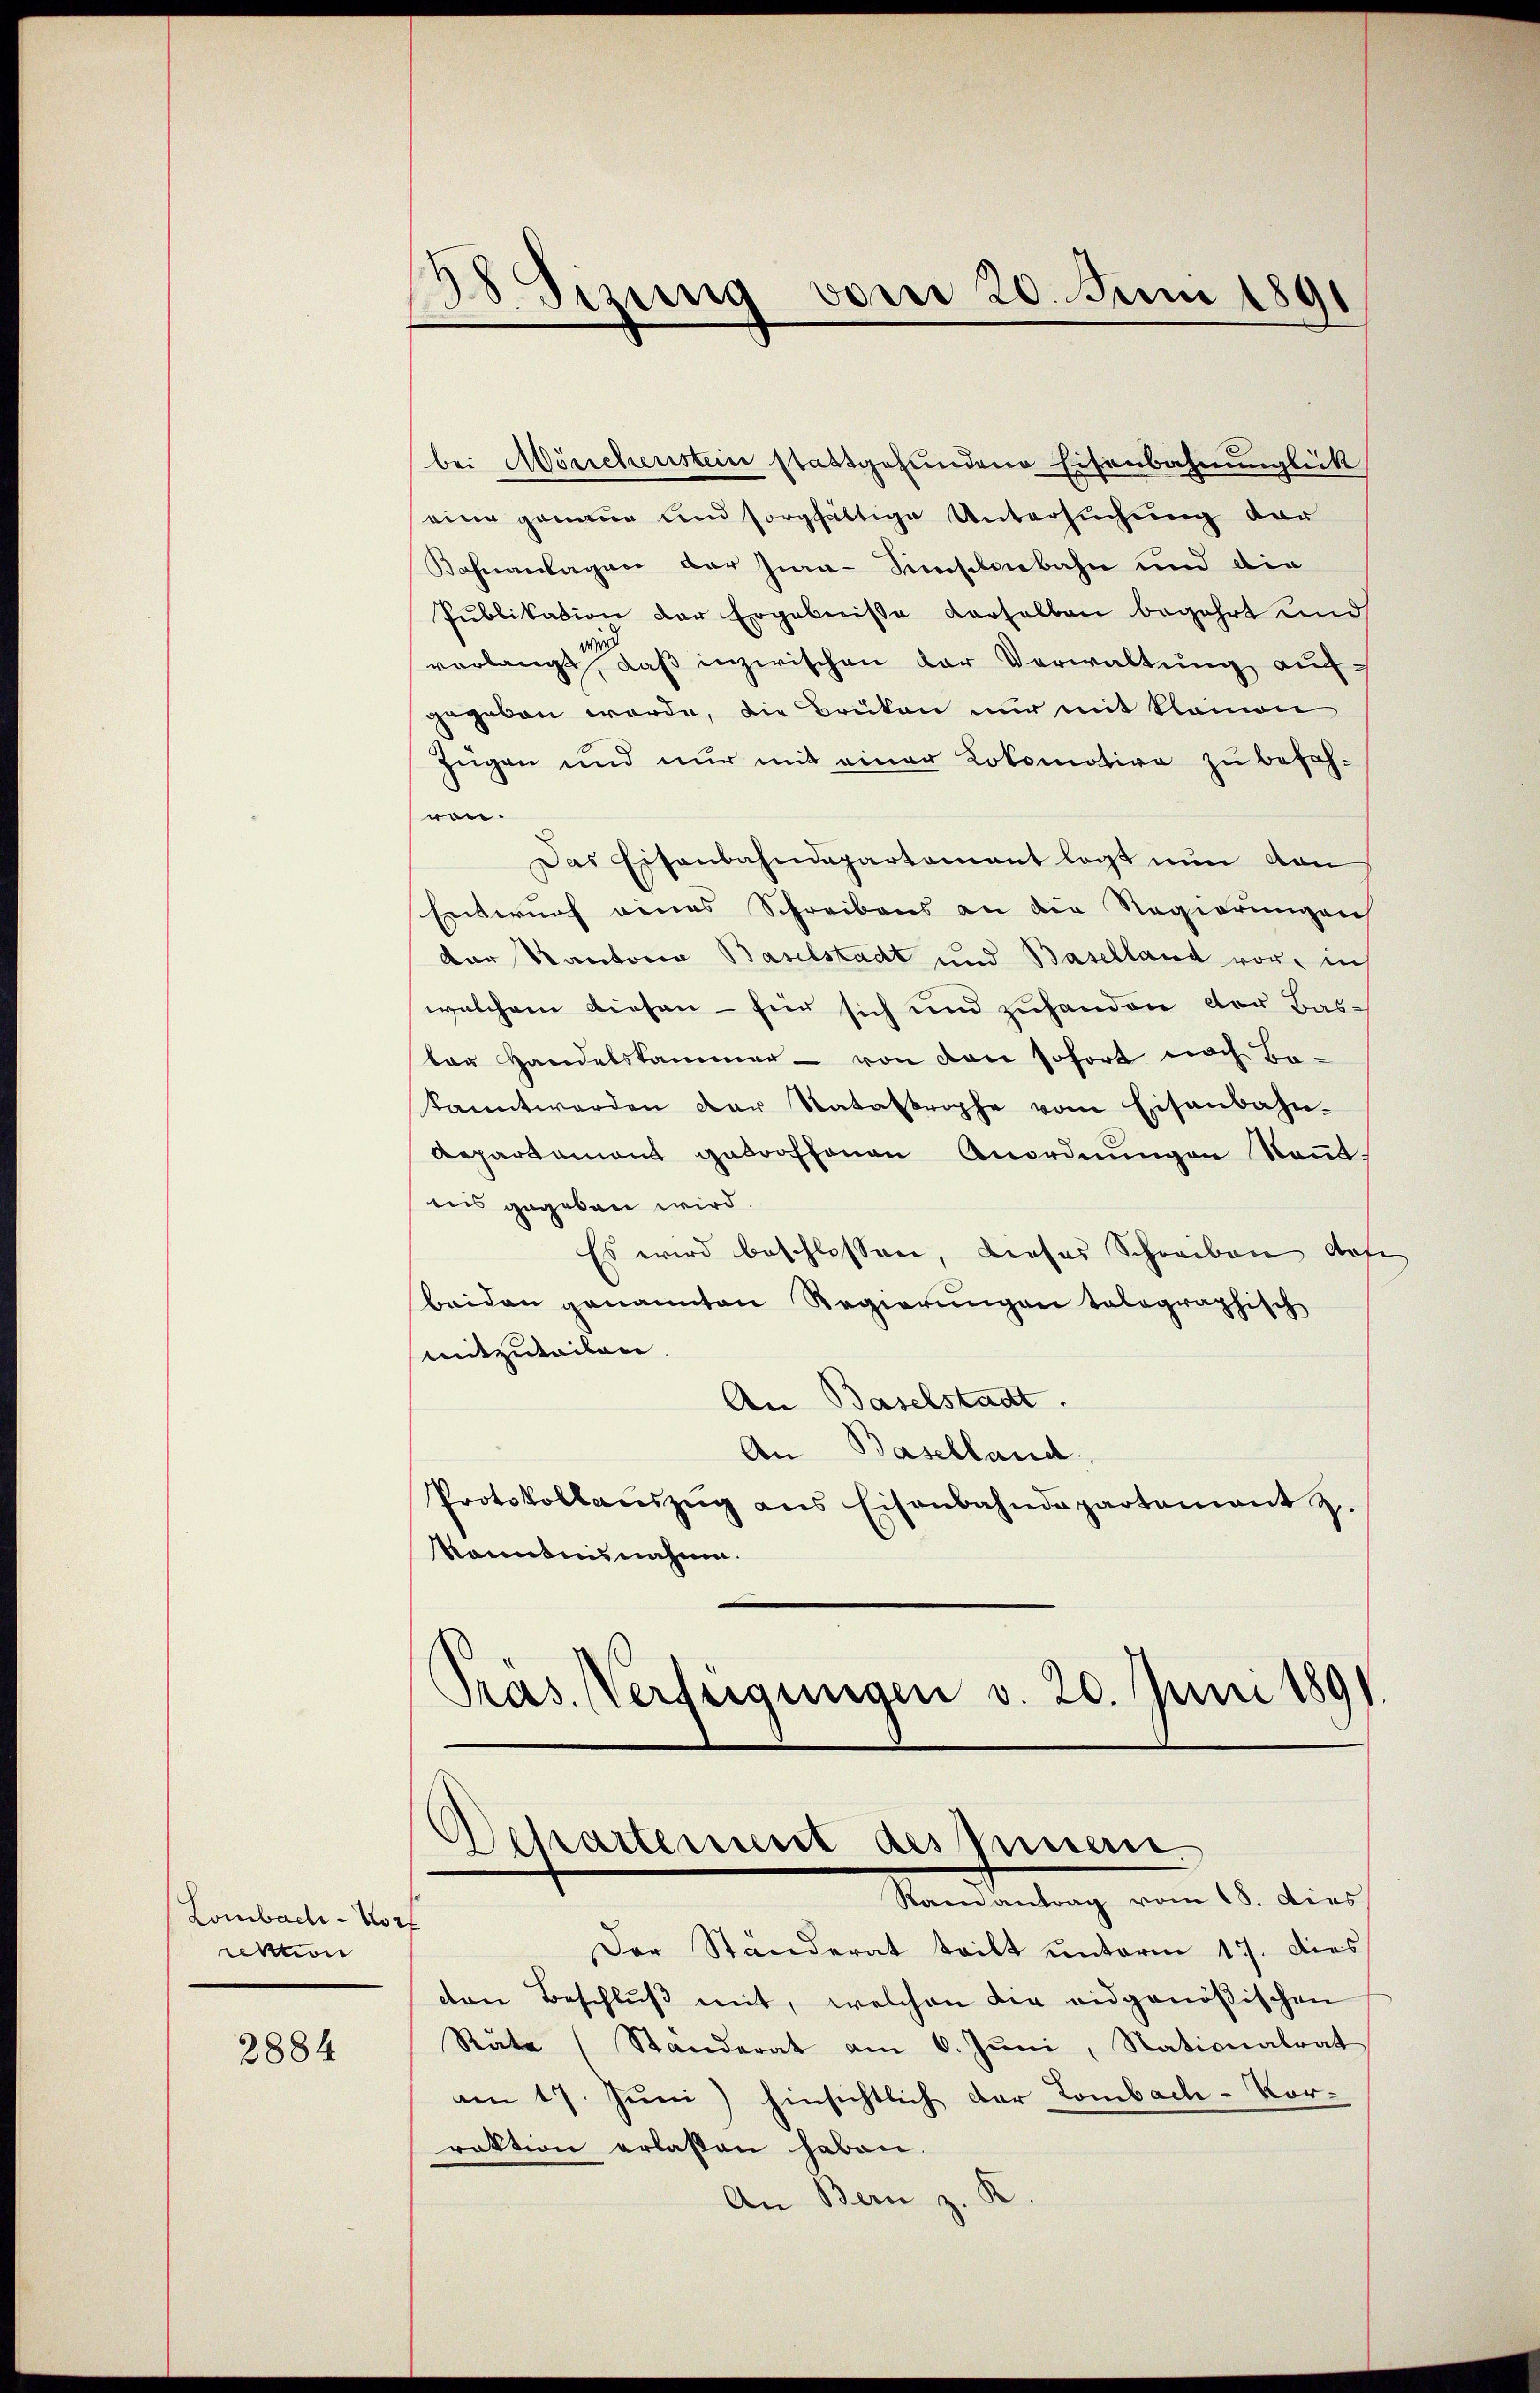
Lombad 2
rektion

2884

s
38. Sizung vom 20. Juni 1891

Departement des Minem
Ramantrag vom 18. Dies

bei Mönchenstein stattgefundene Eisenbahnunglück
eine genaue und sorgfältige Untersuchung vor
Bahnanlagen der Jia-Simschenbahn und die
Publikation der Ergebnisse derselben begehrt und
vorlangt, daß inzwischen der Verwaltung aufgegeben werde, die Brüken nur mit klainen
Zügen und nur mit einer Lokomotive zu befahvon.
Das Eisenbahndepartement legt nun den
Entwurf eines Schreibens an die Regierungen
der Kantonia Baselstadt und Baselland vor, in
welchem diesen - für sich und zuhanden der Baster Handelskammer - von den sofort nach Be-
kannt werden der Natastrophe vom Eisenbahn-
Repartement getroffenen Anordnŭngen Naṅt-
iis gegeben wird.
Es wird beschlossen, dieses Schreiben defi
beiden genannten Regierungen tolographisch
mitzuteilen.
An Baselstadt.
An Baselland
Protokollauszug aus Eisenbahndepartement z.
kanntnisnahme.
Präs. Verfeigungen v. 20. Juni 1891.

Der Ständerat teilt unterm 17. dies
cten Beschlŭβ mit, welchen die eidgenößischen
Räte (Standerat am 6. Juni, Nationalrat
am 17. Juni) hinsichtlich der Lombach-Vorraktion erlassen haben.
An Bern z. K.